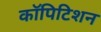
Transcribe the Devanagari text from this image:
कॉपिटिशन